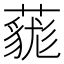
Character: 𧀔